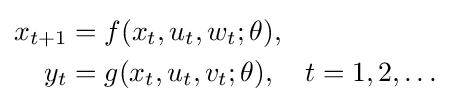
{\begin{aligned}x_{t+1}&=f(x_{t},u_{t},w_{t};\theta ),\\y_{t}&=g(x_{t},u_{t},v_{t};\theta ),\quad t=1,2,\dots \end{aligned}}